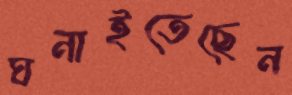
ঘনাইতেছেন